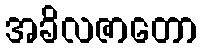
အခိလဇာတော